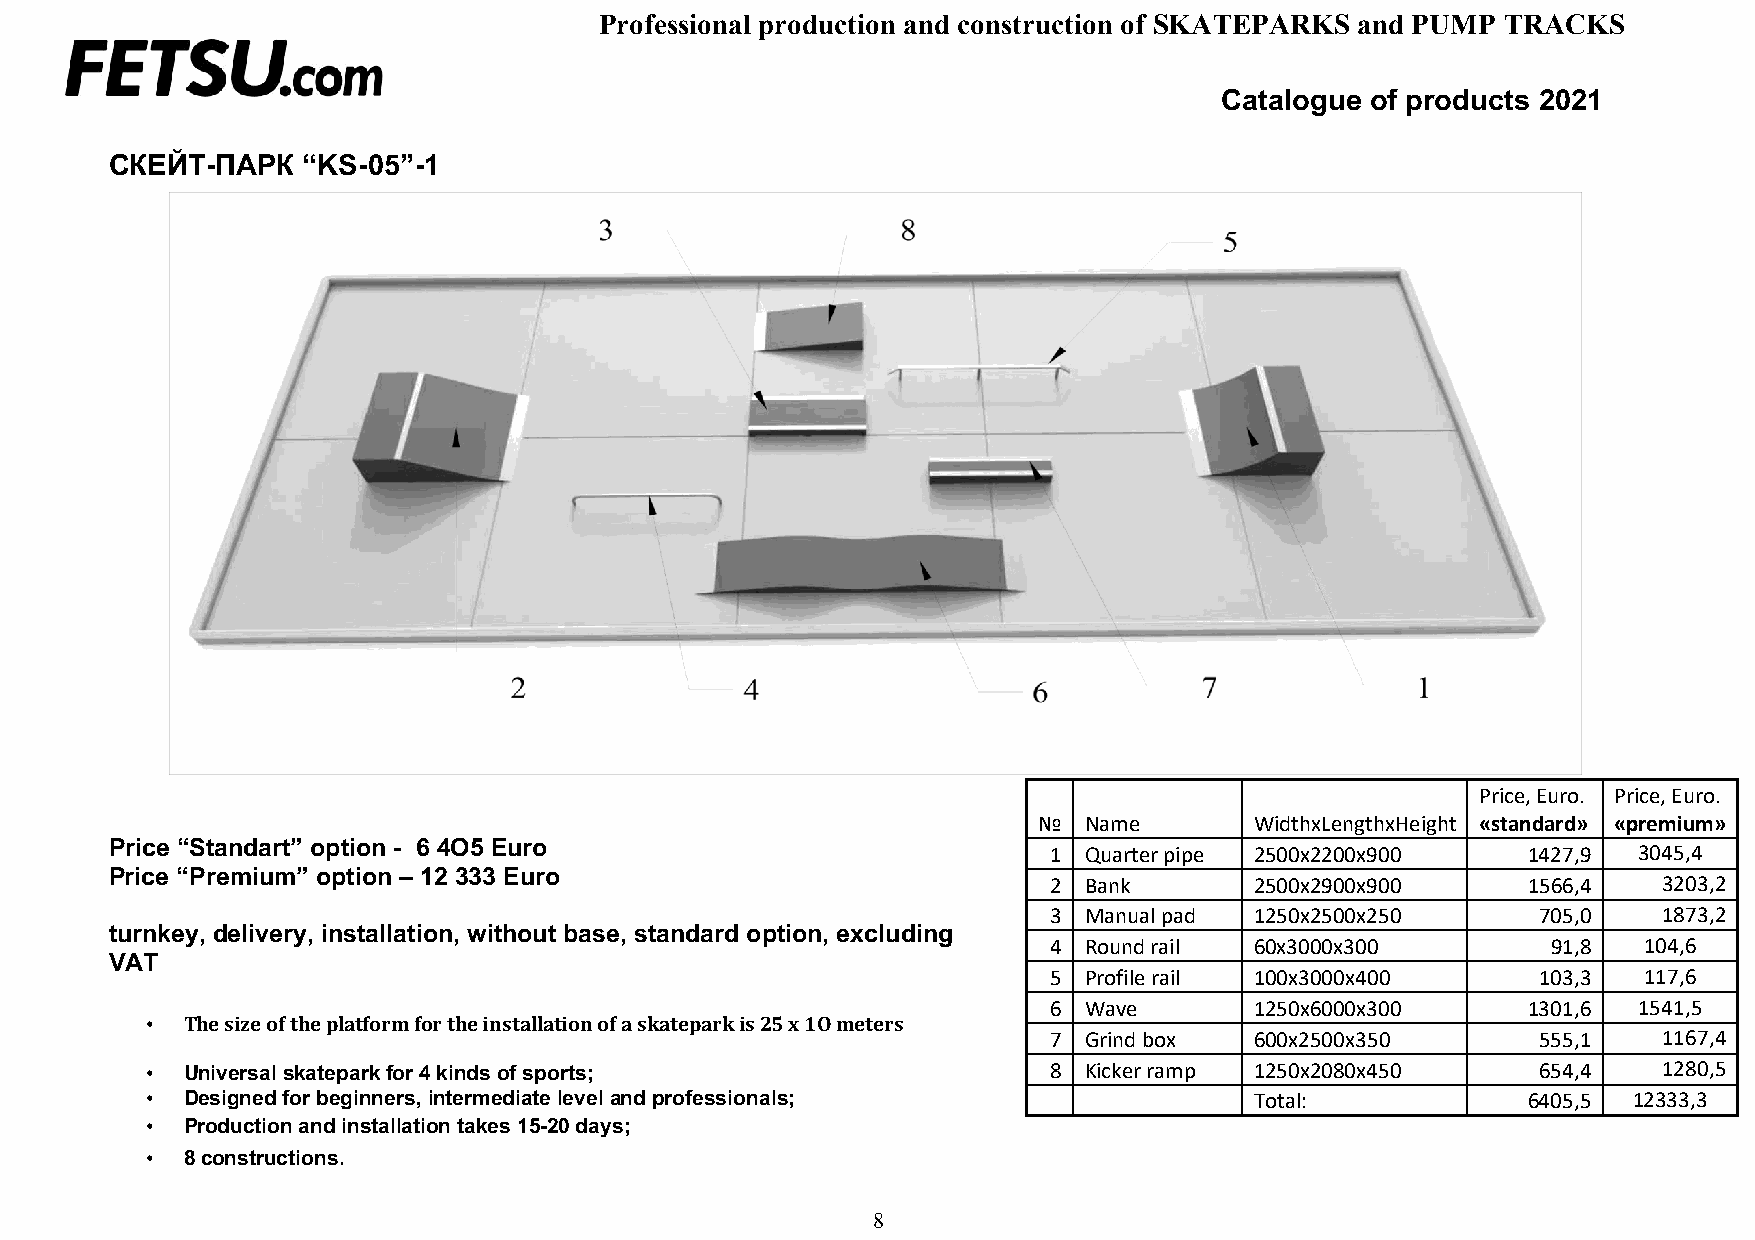
Professional production and construction of SKATEPARKS and PUMP TRACKS
 Catalogue of products 2021
 СКЕЙТ-ПАРК   “KS-05”-1
 Price, Euro. Price, Euro.
 №  Name       WidthxLengthxHeight «standard» «premium»
 Price “Standart” option - 6 4O5 Euro
 1 Quarter pipe 2500х2200х900   1427,9 3045,4
 Price “Premium” option – 12 333 Euro
 2 Bank       2500х2900х900     1566,4   3203,2
 3 Manual pad 1250х2500х250      705,0   1873,2
 turnkey, delivery, installation, without base, standard option, excluding
 4 Round rail 60х3000х300         91,8  104,6
 VAT
 5 Profile rail 100х3000х400     103,3  117,6
 6 Wave       1250х6000х300     1301,6 1541,5
 • The size of the platform for the installation of a skatepark is 25 х 1О meters
 7 Grind box  600х2500х350       555,1   1167,4
 • Universal skatepark for 4 kinds of sports;                8 Kicker ramp 1250х2080х450     654,4   1280,5
 • Designed for beginners, intermediate level and professionals;          Total:            6405,5 12333,3
 • Production and installation takes 15-20 days;
 • 8 constructions.
 8